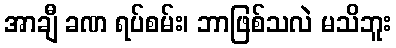
အာချီ ခဏ ရပ်စမ်း၊ ဘာဖြစ်သလဲ မသိဘူး